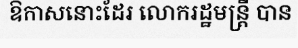
ឱកាសនោះដែរ លោករដ្ឋមន្ត្រី បាន